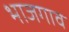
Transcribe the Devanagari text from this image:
भाजगाव